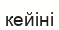
кейіні